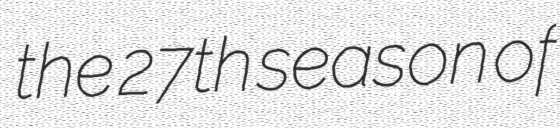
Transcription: the 27th season of